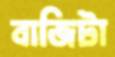
বাজিটা